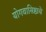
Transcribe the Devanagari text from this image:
योगवासिष्ठाचे